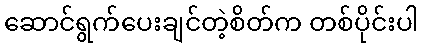
ဆောင်ရွက်ပေးချင်တဲ့စိတ်က တစ်ပိုင်းပါ